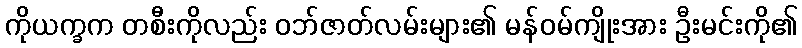
ကိုယက္ခက တစီးကိုလည်း ဝဘ်ဇာတ်လမ်းများ၏ မန်ဝမ်ကျိုးအား ဦးမင်းကို၏